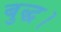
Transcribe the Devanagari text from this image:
बुद्ध।